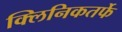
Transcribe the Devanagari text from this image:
क्‍लिनिकतर्फे